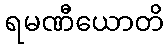
ရမဏီယောတိ